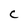
Character: C